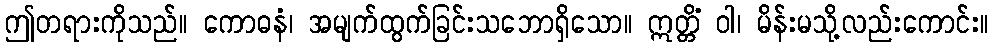
ဤတရားကိုသည်။ ကောဓနံ၊ အမျက်ထွက်ခြင်းသဘောရှိသော။ ဣတ္တိံ ဝါ၊ မိန်းမသို့လည်းကောင်း။